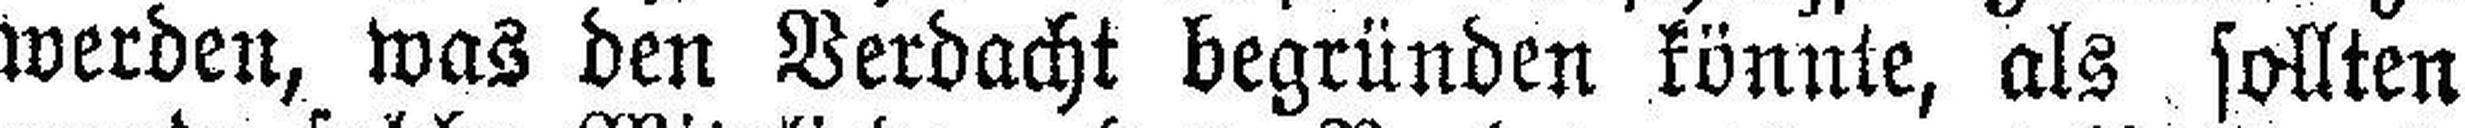
werden, was den Verdacht begründen könnte, als sollten